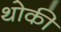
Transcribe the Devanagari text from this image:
थोकी